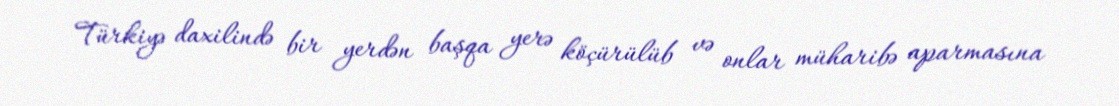
Türkiyə daxilində bir yerdən başqa yerə köçürülüb və onlar müharibə aparmasına